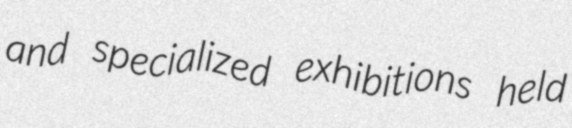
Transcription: and specialized exhibitions held